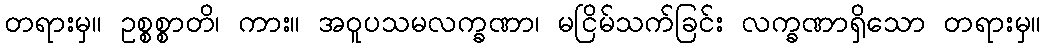
တရားမှ။ ဥစ္စစ္စာတိ၊ ကား။ အဝူပသမလက္ခဏာ၊ မငြိမ်သက်ခြင်း လက္ခဏာရှိသော တရားမှ။